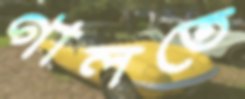
গালতে